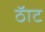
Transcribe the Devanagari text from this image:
ठॅाट